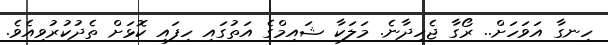
ހިނގާ އަވަހަށް.. ރޯގާ ޖެހިދާނެ. މަލަކާ ޝައިމްގެ އަތުގައި ހިފައި ކޮޅަށް ތެދުކުރުވިއެވެ.